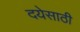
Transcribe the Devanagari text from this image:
दयेसाठी